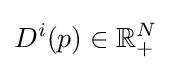
D^{i}(p)\in \mathbb {R} _{+}^{N}